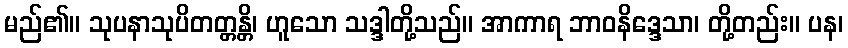
မည်၏။ သုပနာသုပိတတ္တန္တိ၊ ဟူသော သဒ္ဒါတို့သည်။ အာကာရ ဘာဝနိဒ္ဒေသာ၊ တို့တည်း။ ပန၊